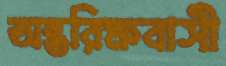
অন্তরিক্ষবাসী